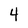
Character: 4